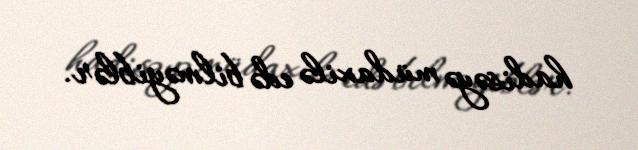
hadisəyə müdaxilə edə bilməyiblər.